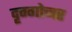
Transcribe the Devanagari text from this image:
दृग्गोच्चर